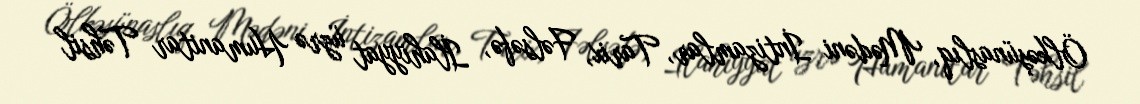
Ölkəşünaslıq, Mədəni İntizamlar, Tarix, Fəlsəfə, İlahiyyat üzrə Humanitar Təhsil